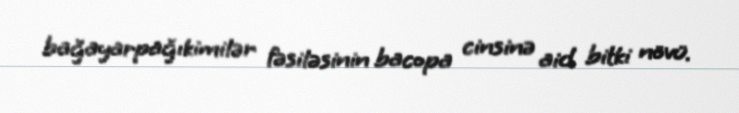
bağayarpağıkimilər fəsiləsinin bacopa cinsinə aid bitki növü.